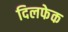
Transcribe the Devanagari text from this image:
दिलफेक